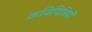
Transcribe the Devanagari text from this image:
कवियित्रियों